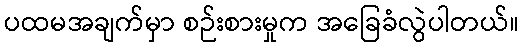
ပထမအချက်မှာ စဉ်းစားမှုက အခြေခံလွဲပါတယ်။